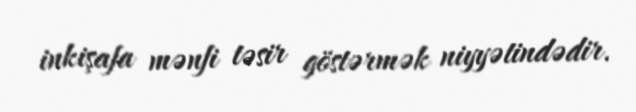
inkişafa mənfi təsir göstərmək niyyətindədir.